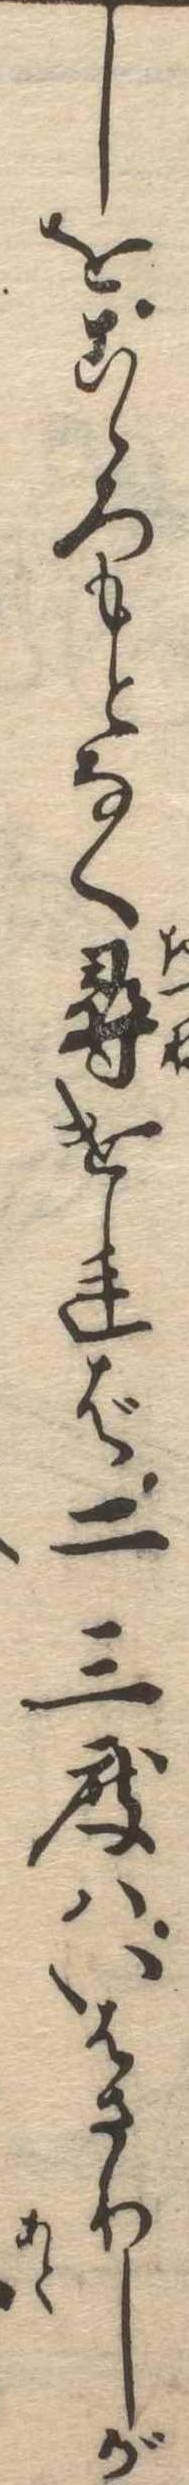
しをこゝろもとなく尋ければ二三度はいはさりしが